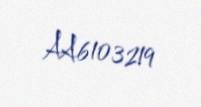
AA6103219